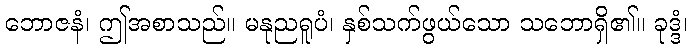
ဘောဇနံ၊ ဤအစာသည်။ မနုညရူပံ၊ နှစ်သက်ဖွယ်သော သဘောရှိ၏။ ခုဒ္ဒံ၊